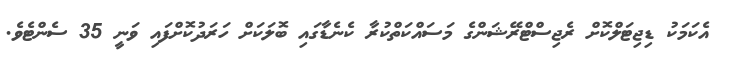
އެކަމަކު ޑިޖިޓަލްކޮށް ރެޖިސްޓްރޭޝަންގެ މަސައްކަތްކުރާ ކެނެޑާގައި ބޮލަކަށް ހަރަދުކޮށްފައި ވަނީ 35 ސެންޓެވެ.